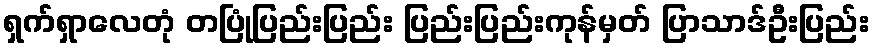
ရှက်ရှာလေတုံ တပြုံပြည်းပြည်း ပြည်းပြည်းကုန်မှတ် ပြာသာဒ်ဦးပြည်း